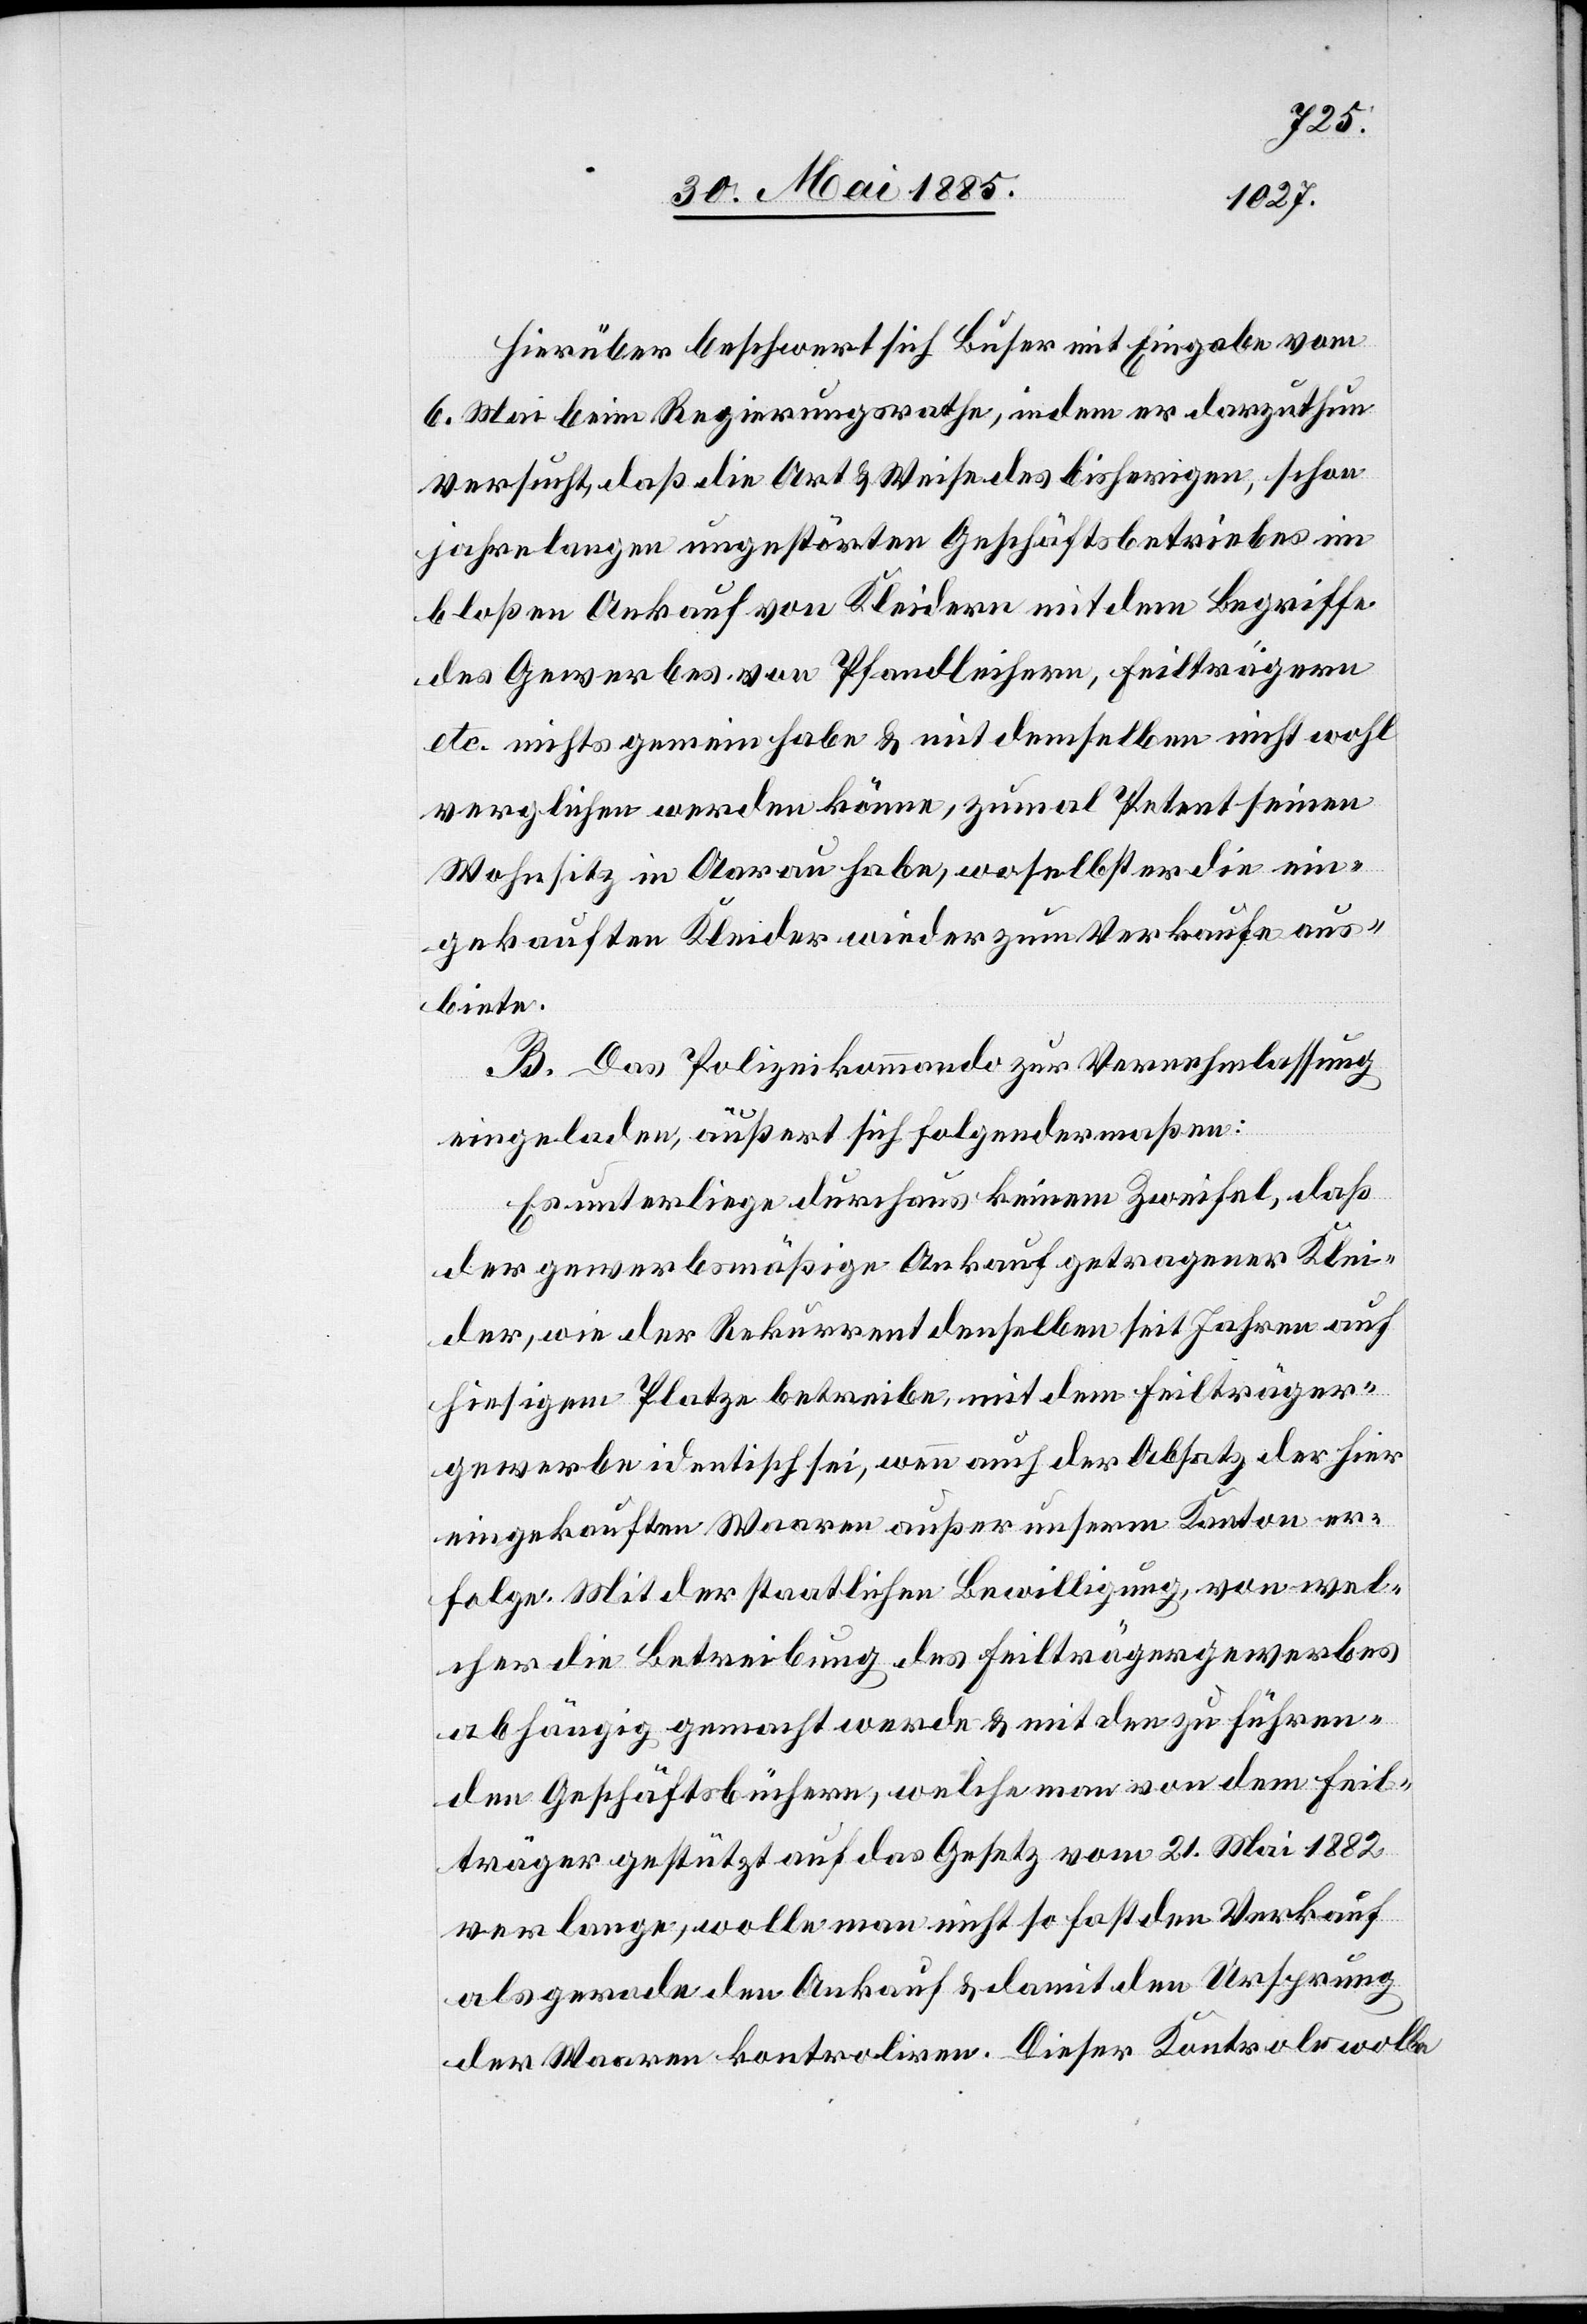
Hierüber beschwert sich Buser mit Eingabe vom
6. Mai beim Regierungsrathe, indem er darzuthun
versucht, daß die Art & Weise des bisherigen, schon
jahrelangen ungestörten Geschäftsbetriebes im
bloßen Ankauf von Kleidern mit dem Begriffe
des Gewerbes von Pfandleihern, Feilträgern
etc. nichts gemein habe & mit demselben nicht wohl
verglichen werden könne, zumal Petent seinen
Wohnsitz in Aarau habe, woselbst er die ein¬
gekauften Kleider wieder zum Verkaufe aus¬
biete.
B. Das Polizeikommando zur Vernehmlassung
eingeladen, äußert sich folgendermaßen:
Es unterliege durchaus keinem Zweifel, daß
der gewerbsmäßige Ankauf getragener Klei¬
der, wie der Rekurrent denselben seit Jahren auf
hiesigem Platze betreibe, mit dem Feilträger¬
gewerbe identisch sei, wenn auch der Absatz der hier
eingekauften Waaren außer unserm Kanton er¬
folge. Mit der staatlichen Bewilligung, von wel¬
cher die Betreibung des Feilträgergewerbes
abhängig gemacht werde & mit den zu führen¬
den Geschäftsbüchern, welche man von dem Feil¬
träger gestützt auf das Gesetz vom 21. Mai 1882
verlange, wolle man nicht so fast den Verkauf
als gerade den Ankauf & damit den Ursprung
der Waaren kontroliren. Dieser Kontrole wolle